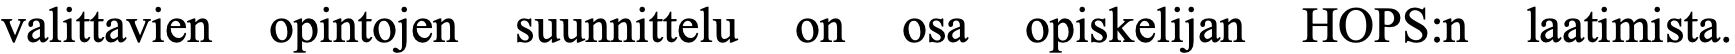
valittavien opintojen suunnittelu on osa opiskelijan HOPS:n laatimista.